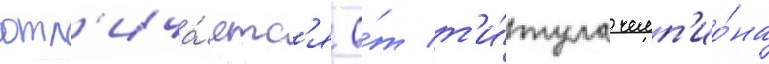
отл'ича́етс'я о́т т'и́тула чемп'ио́на